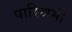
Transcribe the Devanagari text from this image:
पारिश्रमी